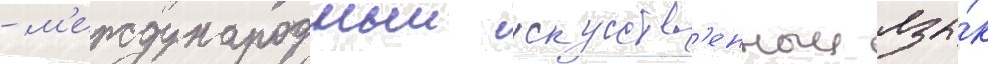
- м'еждународныи искусств'енныи язы́к